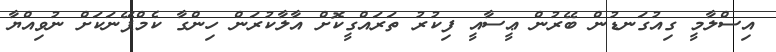
އިސްލާމީ ގިއުގަނޑުން ބޭރުން ޢީސާއީ ފިކުރު ތަރައްގީކޮށް އާލާކުރަން ހިންގާ ކެމްޕޭނަކަށް ނުވިއްޔާ